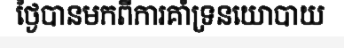
ថ្ងៃបានមកពីការគាំទ្រនយោបាយ